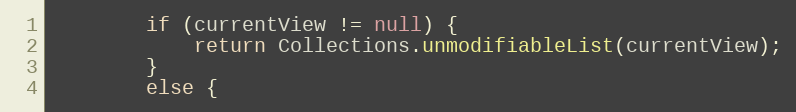
Language: Java
		if (currentView != null) {
			return Collections.unmodifiableList(currentView);
		}
		else {